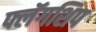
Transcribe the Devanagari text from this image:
फ्लॅगशिप